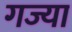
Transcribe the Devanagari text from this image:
गज्या